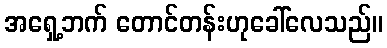
အရှေ့ဘက် တောင်တန်းဟုခေါ်လေသည်။